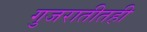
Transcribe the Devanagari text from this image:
गुजरातीतही